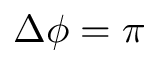
\Delta \phi = \pi